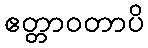
ဧတ္တာဝတာပိ